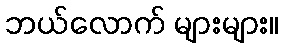
ဘယ်လောက် များများ။